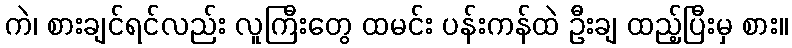
ကဲ၊ စားချင်ရင်လည်း လူကြီးတွေ ထမင်း ပန်းကန်ထဲ ဦးချ ထည့်ပြီးမှ စား။